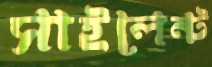
সাইলেন্ট